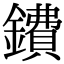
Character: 鐨